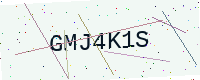
Text: GMJ4K1S